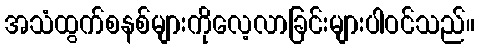
အသံထွက်စနစ်များကိုလေ့လာခြင်းများပါဝင်သည်။